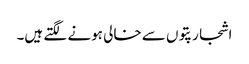
اشجار پتوں سے خالی ہونے لگتے ہیں۔